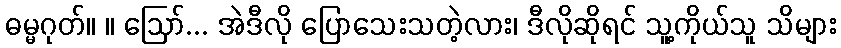
ဓမ္မဂုတ်။ ။ ဩော်... အဲဒီလို ပြောသေးသတဲ့လား၊ ဒီလိုဆိုရင် သူ့ကိုယ်သူ သိများ